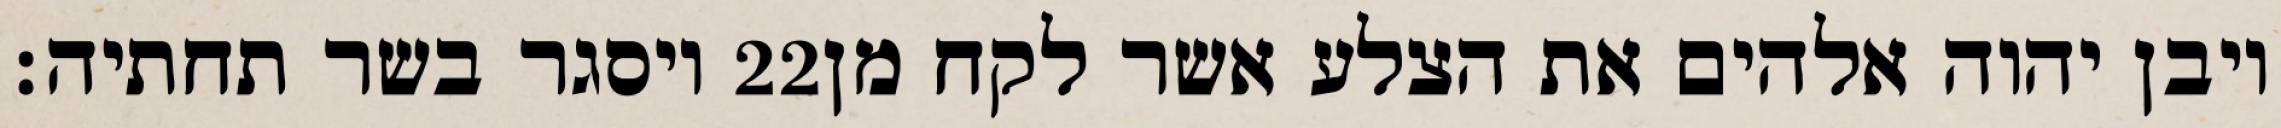
ויסגר בשר תחתיה׃ ‎22‏ ויבן יהוה אלהים את הצלע אשר לקח מן